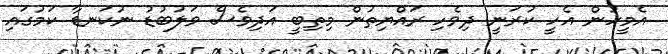
އެމީހުން އެހީ ކުރަނީ ދިވެހި ރައްޔިތުން މިތިބީ އަދިވެސް ވަލުބުޑު ނުކަނޑާ ކަމުގައި